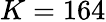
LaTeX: K=164